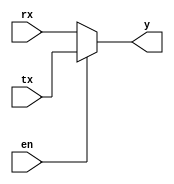
module mux8 (
input [7:0] tx,rx,
input en,
output reg [7:0] y 
);


always @ (*) 
	begin 
		if (en)
			y = tx;
		else 
			y = rx ;
	end 
	
endmodule